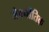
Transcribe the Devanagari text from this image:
जैवनीतिक